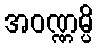
အဝဏ္ဏမ္ပိ